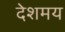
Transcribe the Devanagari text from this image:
देशमय